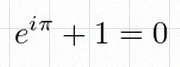
e^{i\pi}+1=0